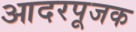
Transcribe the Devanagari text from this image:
आदरपूजक